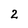
Character: 2